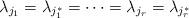
LaTeX: \begin{align*}\lambda_{j_1}=\lambda_{j_1^*}=\dots = \lambda_{j_r}=\lambda_{j_r^*}\end{align*}